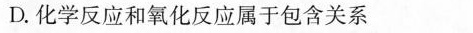
D.化学反应和氧化反应属于包含关系